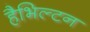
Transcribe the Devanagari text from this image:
हैभिल्टन